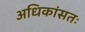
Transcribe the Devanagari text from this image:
अधिकांसतः